Bulletin of the Pasteur Institute of Southern India, Coonoor - No. 2.
Year: 1909
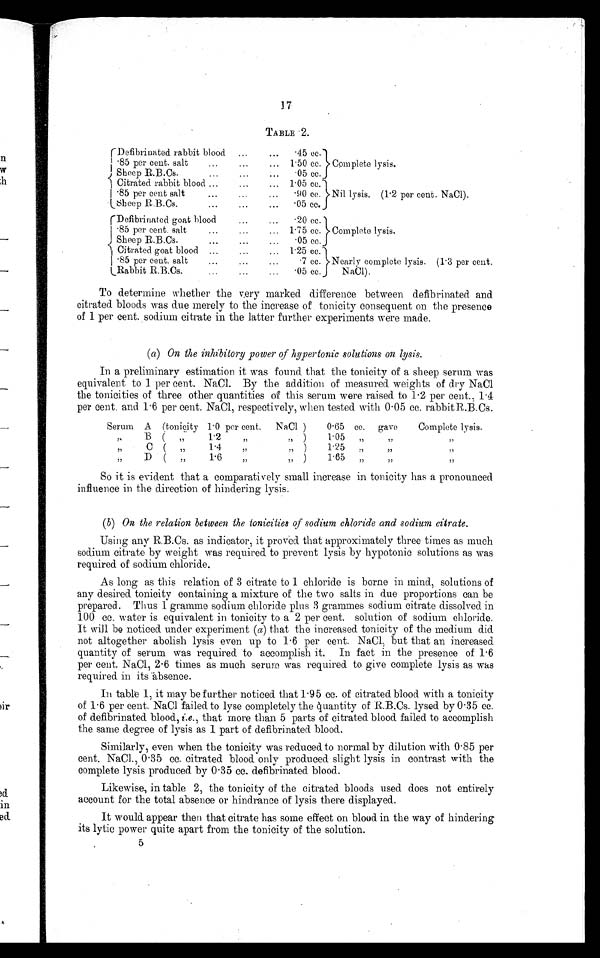
17
TABLE 2.
Defibrinated rabbit blood
85 per cent. salt
...
Sheep R.B.Cs.
...
Citrated rabbit blood ...
85 per cent salt
...
Sheep R.B.Cs.
...
...
...
...
...
...
...
...
...
...
...
...
.45 cc.
1.50cc.
.05cc 1.05cc.
.90 cc.
. 0 5 c c . 0 5 c c .
.05 cc
Complete lysis.
Nil lysis. (1 .2 per cent. NaCl).
Defibrinated goat blood
85 per cent. salt
Sheep R.B.Cs.
Citrated goat blood ..
85 per cent. salt
...
Rabbit R.B.Cs.
...
...
...
...
...
...
...
...
...
...
...
...
20 cc.
1.75 cc.
.05 cc.
1.25 cc.
.7 cc.
.05 cc.
Complete lysis.
Nearly complete lysis. (1 . 3 per cent.
N a C l ) .
To determine whether the very marked difference between defibrinated and
citrated bloods was due merely to the increase of tonicity consequent on the presence
of 1 per cent. sodium citrate in the latter further experiments were made.
(a) On the inhibitory power of hypertonic solutions on lysis.
In a preliminary estimation it was found that the tonicity of a sheep serum was
equivalent to 1 per cent. NaCl. By the addition of measured weights of dry NaCl
the tonicities of three other quantities of this serum were raised to 1 . 2 per cent., 1.4
per cent. and 1 . 6 per cent. NaCl, respectively, when tested with 0 . 05 cc. rabbit R.B.Cs.
Serum A (tonicity 1.0 per cent.
NaCl )
0.65 cc. gave
Complete lysis.
B
(
1 . 2 7
)
1.05
C
(
1.4
)
1.25
D
(
1.6
)
1.65
So it is evident that a comparatively small increase in tonicity has a pronounced
influence in the direction of hindering lysis.
(b) On the relation between the tonicities of sodium chloride and sodium citrate.
Using any R.B.Cs. as indicator, it proved that approximately three times as much
sodium citrate by weight was required to prevent lysis by hypotonic solutions as was
required of sodium chloride.
As long as this relation of 3 citrate to 1 chloride is borne in mind, solutions of
any desired tonicity containing a mixture of the two salts in due proportions can be
prepared. Thus 1 gramme sodium chloride plus 3 grammes sodium citrate dissolved in
100 cc. water is equivalent in tonicity to a 2 per cent. solution of sodium chloride.
It will be noticed under experiment (a) that the increased tonicity of the medium did
not altogether abolish lysis even u.p to 1 . 6 per cent. NaCl but that an increased
quantity of serum was required to accomplish it. In fact in the presence of 1.6
per cent. NaCl, 2 . 6 times as much serum was required to give complete lysis as was
required in its absence.
In table 1, it may be further noticed that 1 . 95 cc. of citrated blood with a tonicity
of 1 . 6 per cent. NaCl failed to lyse completely the quantity of R.B.Cs. lysed by 0 . 35 cc.
of defibrinated blood, i.e., that more than 5 parts of citrated. blood failed to accomplish.
the same degree of lysis as 1 part of defibrinated blood.
Similarly, even when the tonicity was reduced to normal by dilution with 0 . 85 per
cent. NaCl., 0 . 35 cc. citrated blood only produced slight lysis in contrast with the
complete lysis produced by 0 . 35 cc. defibrinated blood.
Likewise, in table 2, the tonicity of the citrated bloods used does not entirely
account for the total absence or hindrance of lysis there displayed.
It would appear then that citrate has some effect on blood in the way of hindering
its lytic power quite apart from the tonicity of the solution.